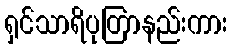
ရှင်သာရိပုတြာနည်းကား